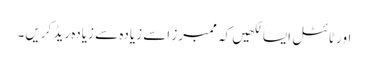
اور ٹائٹل ایسا لکھیں کہ ممبرز اسے زیادہ سے زیادہ ریڈ کریں۔